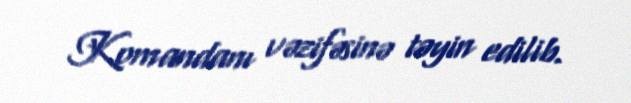
Komandanı vəzifəsinə təyin edilib.